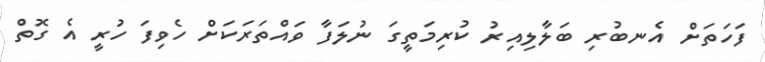
ފަހަތަށް އެނބުރި ބަލާލިއިރު ކުރިމަތީގަ ނުލަފާ ވައްތަރަކަށް ހެވިފަ ހުރީ އެ ގޮތް